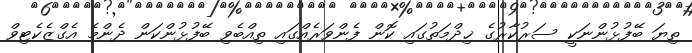
ތިޔަ ބޭފުޅުންނަކީ ސަރުކާރުގެ ޚިދްމަތުގައި ކޮން ފެންވަރެއްގައި ތިއްބެވި ބޭފުޅުންކަން ދެންމެ އެގްޒެކެޓިވް